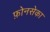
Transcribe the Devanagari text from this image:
फ़ोनसेका